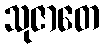
သုဇာတေ